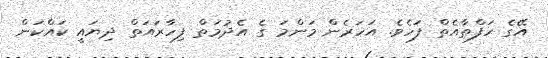
އޭގެ ހަފްތާއެތް ފަހެވެ. އަހަރެން މަންމަ ގެ އެދުމަތް ފިހާރައަތް ދިޔައީ ކައްކަން